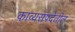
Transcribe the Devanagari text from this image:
काव्यसंपदेतील